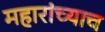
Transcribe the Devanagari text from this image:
महारांच्याच